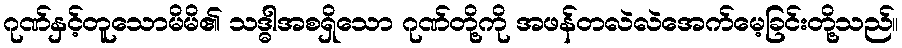
ဂုဏ်နှင့်တူသောမိမိ၏ သဒ္ဓါအစရှိသော ဂုဏ်တို့ကို အဖန်တလဲလဲအေက်မေ့ခြင်းတို့သည်။